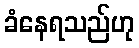
ခံနေရသည်ဟု